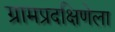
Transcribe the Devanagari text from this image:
ग्रामप्रदक्षिणेला